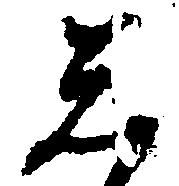
し